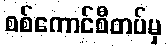
စစ်ကောင်စီတပ်မှ